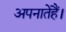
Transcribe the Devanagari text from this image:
अपनातेहैं।